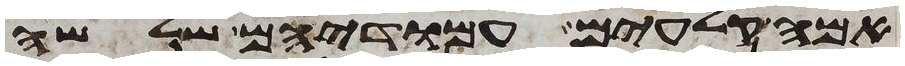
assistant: אמה קלעים עמודיהם שלשה